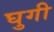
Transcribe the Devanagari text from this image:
घुगी